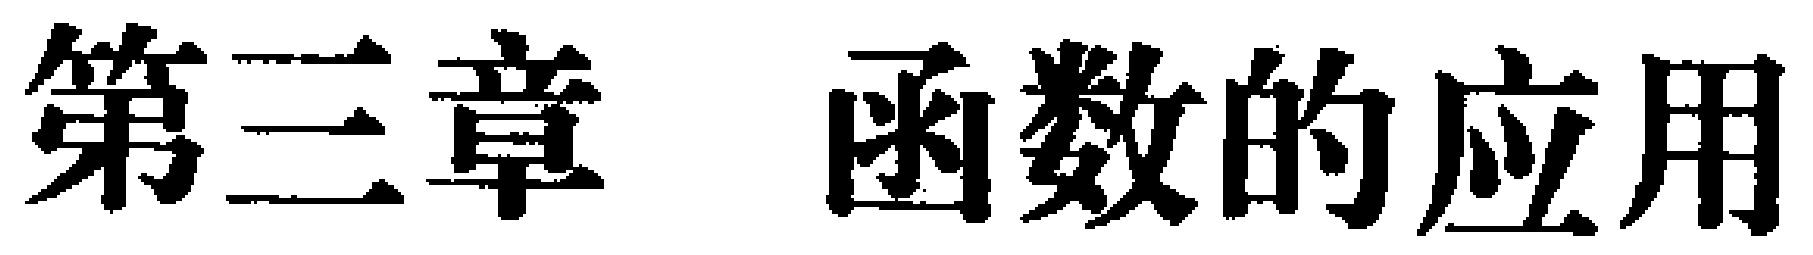
第三章 函数的应用